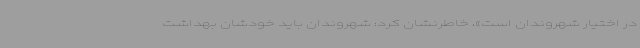
در اختیار شهروندان است»، خاطرنشان کرد: شهروندان باید خودشان بهداشت